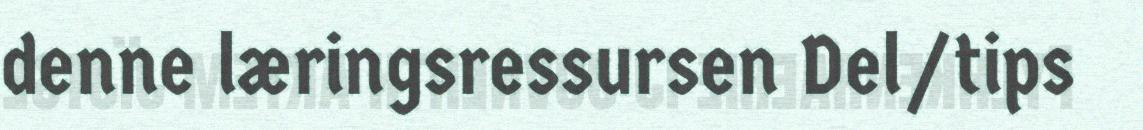
denne læringsressursen Del/tips